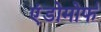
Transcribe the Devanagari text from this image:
एंडोमोर्फ